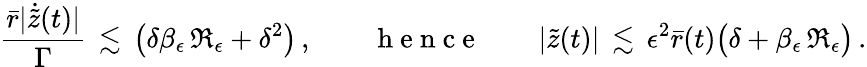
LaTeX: \frac{\bar{r}|\dot{\tilde{z}}(t)|}{\Gamma}\, \lesssim\, \bigl(\delta\beta_{\epsilon}\, \mathfrak{R}_{\epsilon}+\delta^{2}\bigr)\, ,\qquad\mathrm{~h~e~n~c~e~}\qquad|\tilde{z}(t)|\, \lesssim\, \epsilon^{2}\bar{r}(t)\bigl(\delta+\beta_{\epsilon}\, \mathfrak{R}_{\epsilon}\bigr)\, .